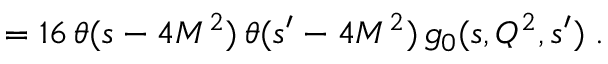
= 1 6 \, \theta ( s - 4 M ^ { 2 } ) \, \theta ( s ^ { \prime } - 4 M ^ { 2 } ) \, g _ { 0 } ( s , Q ^ { 2 } , s ^ { \prime } ) \; .